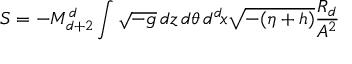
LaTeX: S = - M _ { d + 2 } ^ { d } \int \sqrt { - g } \, d z \, d \theta \, d ^ { d } \! x \sqrt { - ( \eta + h ) } \frac { R _ { d } } { A ^ { 2 } }